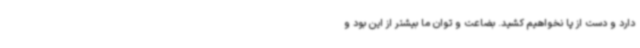
دارد و دست از پا نخواهیم کشید. بضاعت و توان ما بیشتر از این بود و